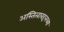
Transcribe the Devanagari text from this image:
अस्तित्वाबद्दलच्या